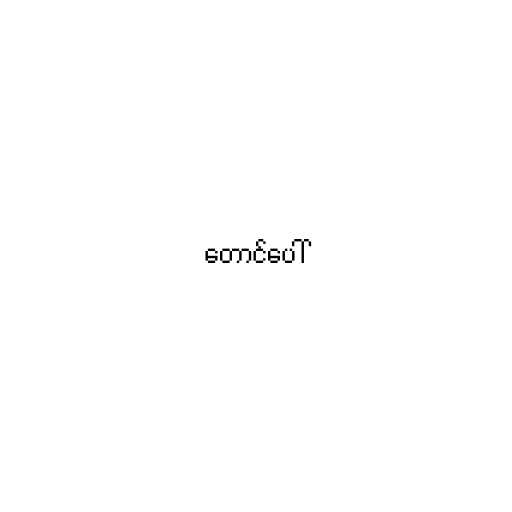
တောင်ပေါ်